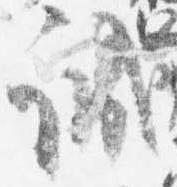
誠